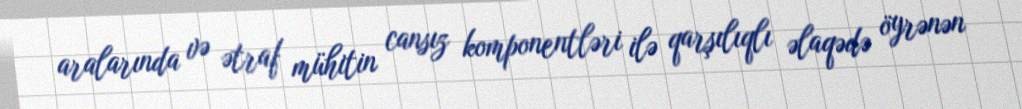
aralarında və ətraf mühitin cansız komponentləri ilə qarşılıqlı əlaqədə öyrənən